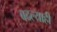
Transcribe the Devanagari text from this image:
बदल्याही